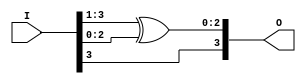
module DF_lab5(O, I);

input [3:0] I;
output [3:0] O;

assign O[3] = I[3];
assign O[2:0] = I[3:1]^I[2:0];

endmodule